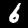
Digit: 6